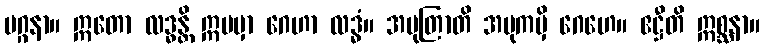
မဂ္ဂနာ။ ဣတော လဒ္ဓန္တိ ဣမမှာ ဂေဟာ လဒ္ဓံ။ အမုတြာတိ အမုကမှိ ဂေဟေ။ ဧဋ္ဌီတိ ဣစ္ဆနာ။